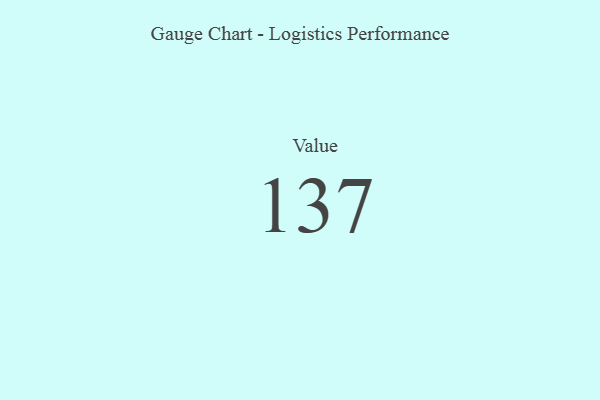
{"axis": {"x": "Metric", "y": "Value"}, "legend": [""], "data": [{"x": "Value", "y": 137, "type": ""}]}